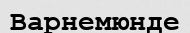
Варнемюнде